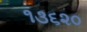
૧૩૬૨૦